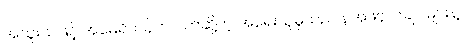
အထူးသဖြင့် အမေရိကန်က ပိတ်ဆို့တဲ့ အရေးယူမှုသည် နအဖဗိုလ်ချုပ်များနဲ့